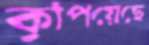
কুপিয়েছে